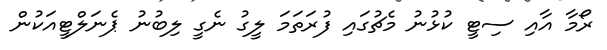
ރޯމާ އާއި ސިޓީ ކުޅުނު މެޗުގައި ފުރަތަމަ ލީގު ނެގީ ލިބުނު ޕެނަލްޓީއަކުން